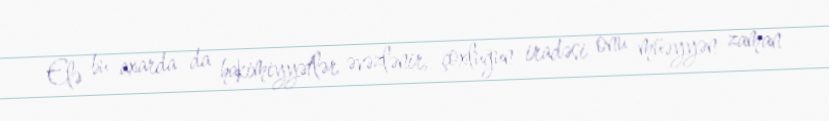
Elə bu axarda da hakimiyyətlər əvəzlənir, çoxluğun iradəsi onu müəyyən zaman